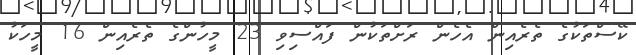
ކޭސްތަކުގެ ތެރެއިން އެހެން ރަށްތަކުން ފައްސިވި 23 މީހުންގެ ތެރެއިން 16 މީހަކު